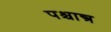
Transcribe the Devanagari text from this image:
पश्चान्त्र